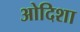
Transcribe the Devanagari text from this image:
ओदिशा